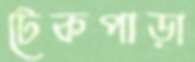
টেকপাড়া